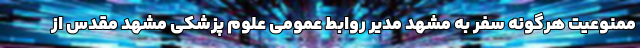
ممنوعیت هرگونه سفر به مشهد مدیر روابط عمومی علوم پزشکی مشهد مقدس از